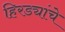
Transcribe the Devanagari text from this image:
हिरड्यांचे